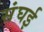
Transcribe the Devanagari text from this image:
संघई